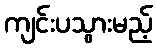
ကျင်းပသွားမည့်